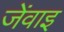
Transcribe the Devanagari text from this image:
जेंवाइ